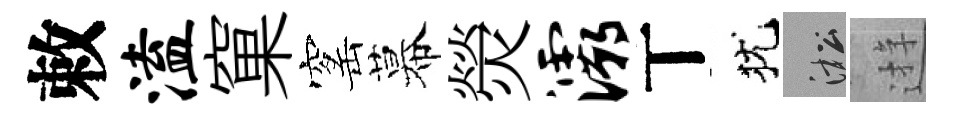
敕溘窠窰幕熒灞丅犹淞逰